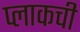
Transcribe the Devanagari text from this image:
प्लाकची